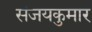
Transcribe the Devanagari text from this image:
संजयकुमार